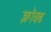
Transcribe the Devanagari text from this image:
क्लॉक्ड